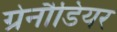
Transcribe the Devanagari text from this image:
ग्रेनौडियर